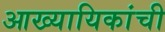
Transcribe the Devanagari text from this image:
आख्यायिकांची